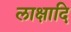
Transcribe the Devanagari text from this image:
लाक्षादि